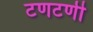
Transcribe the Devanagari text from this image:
टणटणी